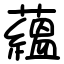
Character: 蘊